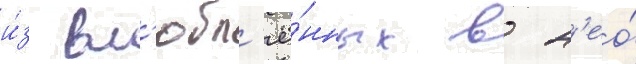
и́з вл'юбл'ё́нных в н'ео́